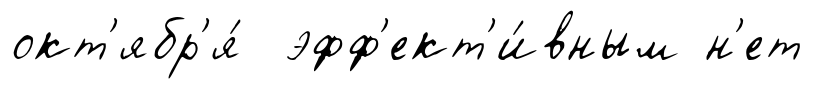
окт'ябр'я́ эфф'ект'и́вным н'ет